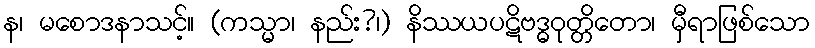
န၊ မစောဒနာသင့်။ (ကသ္မာ၊ နည်း?၊) နိဿယပဋိဗဒ္ဓဝုတ္တိတော၊ မှီရာဖြစ်သော